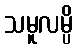
သမူလမ္ပိ